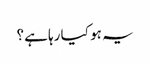
یہ ہو کیا رہا ہے؟